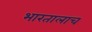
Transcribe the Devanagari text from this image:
भारतालाच